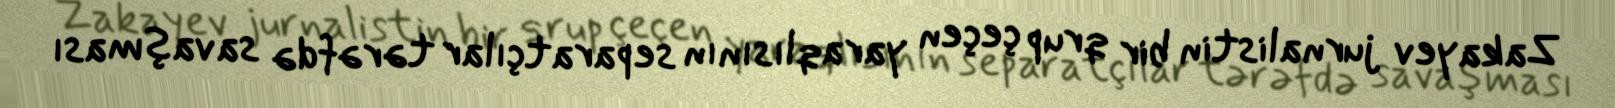
Zakayev jurnalistin bir qrup çeçen yaraqlısının separatçılar tərəfdə savaşması